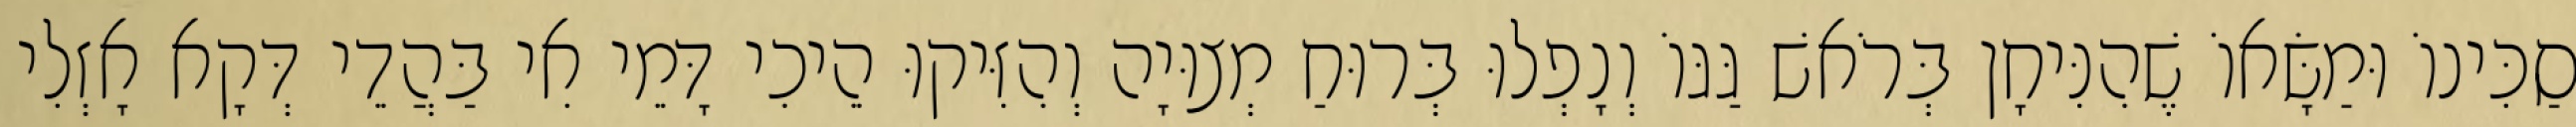
סַכִּינוֹ וּמַשָּׂאוֹ שֶׁהִנִּיחָן בְּרֹאשׁ גַּגּוֹ וְנָפְלוּ בְּרוּחַ מְצוּיָה וְהִזִּיקוּ הֵיכִי דָּמֵי אִי בַּהֲדֵי דְּקָא אָזְלִי